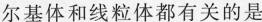
尔基体和线粒体都有关的是